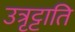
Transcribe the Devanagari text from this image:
उत्रृट्टाति